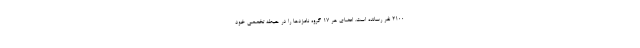
2100 نفر رسانده است. اعضای هر 17 گروه نامزدها را در حیطه تخصصی خود